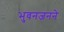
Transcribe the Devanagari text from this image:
भुवनजनने